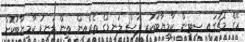
ރޭގެ މެޗުގައި ސިޓީން ކާމިޔާބުކުރި ފަސް ލަނޑުގެ ތެެރެއިން ތިން ލަނޑު ކާމިޔާބުކޮށް